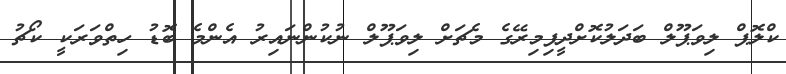
ކްލޮޕް ލިވަޕޫލް ބަދަލުކޮށްދީފިމިރޭގެ މެޗަށް ލިވަޕޫލް ނުކުންނައިރު އެންމެ ބޮޑު ހިތްވަރަކީ ކޯޗު